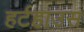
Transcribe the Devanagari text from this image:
हर्टहाउस